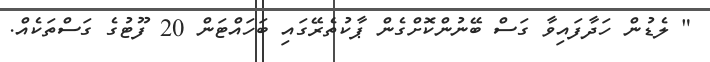
" ލެޑުން ހަދާފައިވާ ގަސް ބޭނުންކޮށްގެން ޕާކުތެރޭގައި ބަހައްޓަން 20 ފޫޓުގެ ގަސްތަކެއް.